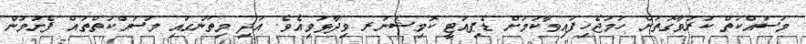
މަސައްކަތް ކުރުވާގޮތަށް ހަމަޖެހިފައިވާކަމަށް ޑެޕިއުޓީ ކޮމިޝަނަރ ވިދާޅުވިއެވެ. އަދި މިތަނުގައި މަސައްކަތްތައް ފެށުމުން